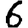
Digit: 6